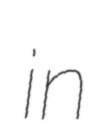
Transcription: in